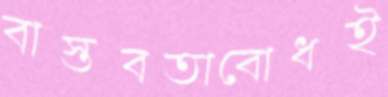
বাস্তবতাবোধই